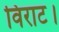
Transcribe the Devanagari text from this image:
विराट।